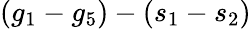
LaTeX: (g_{1}-g_{5})-(s_{1}-s_{2})